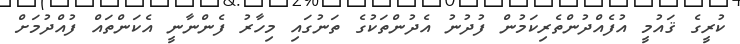
ކުރީގެ ޤައުމީ އުފެއްދުންތެރިކަމުން ފުދުނު އެދުންތަކުގެ ތަނުގައި މިހާރު ފެންނާނީ އެކަންތައް ފުއްދުމަށް